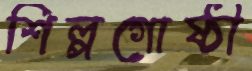
শিল্পগোষ্ঠী